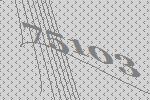
75103